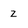
Character: Z